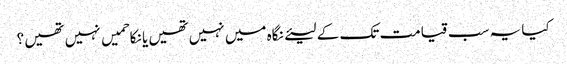
کیا یہ سب قیامت تک کے لیئے نگاہ میں نہیں تھیں یا نکاحمیں نہیں تھیں ؟